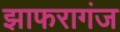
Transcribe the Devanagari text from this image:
झाफरागंज